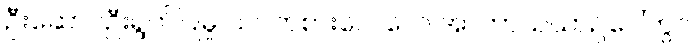
ဦးဆောင်ဦးရွက်ပြုမှု သင်ကစားလေလေ အာကာသယာဉ်ပေါ်တွင်